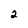
Character: 2